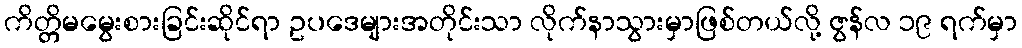
ကိတ္တိမမွေးစားခြင်းဆိုင်ရာ ဥပဒေများအတိုင်းသာ လိုက်နာသွားမှာဖြစ်တယ်လို့ ဇွန်လ ၁၉ ရက်မှာ